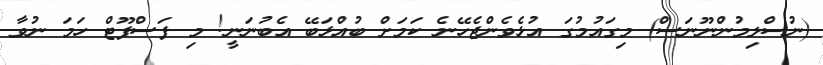
(ނުސްލިމުންނޫނަސް) މިގައުމުގަ އުޅެވެންޖެހޭނެ ކަމަށް ބުއްޅަބޭ އެބުނަނީ! މި ފަސްފޫޓް ހަމަ ނުވާ